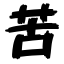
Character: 苦